Report on vaccination North-West Frontier Province 1904-1922 - 1904-1922
Year: 1904
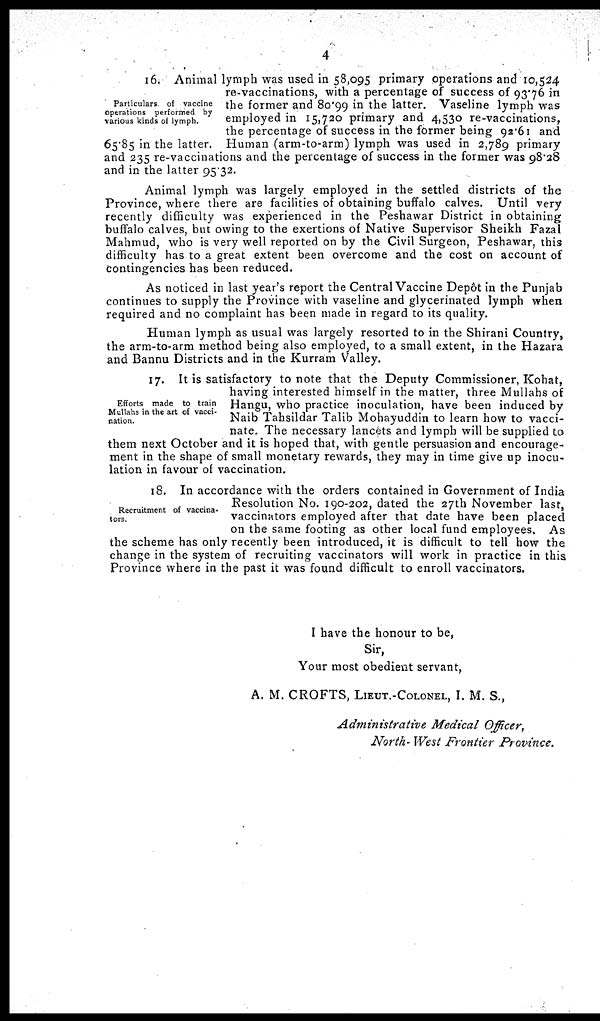
4
Particulars of vaccine
operations performed by
various kinds of lymph.
16. Animal lymph was used in 58,095 primary operations and 10,524
re-vaccinations, with a percentage of success of 93.76 in
the former and 80.99 in the latter. Vaseline lymph was
employed in 15,720 primary and 4,530 re-vaccinations,
the percentage of success in the former being 92.61 and
65.85 in the latter. Human (arm-to-arm) lymph was used in 2,789 primary
and 235 re-vaccinations and the percentage of success in the former was 98.28
and in the latter 95.32.
Animal lymph was largely employed in the settled districts of the
Province, where there are facilities of obtaining buffalo calves. Until very
recently difficulty was experienced in the Peshawar District in obtaining
buffalo calves, but owing to the exertions of Native Supervisor Sheikh Fazal
Mahmud, who is very well reported on by the Civil Surgeon, Peshawar, this
difficulty has to a great extent been overcome and the cost on account of
contingencies has been reduced.
As noticed in last year's report the Central Vaccine Depôt in the Punjab
continues to supply the Province with vaseline and glycerinated lymph when
required and no complaint has been made in regard to its quality.
Human lymph as usual was largely resorted to in the Shirani Country,
the arm-to-arm method being also employed, to a small extent, in the Hazara
and Bannu Districts and in the Kurram Valley.
Efforts made to train
Mullahs in the art of vacci-
nation.
17. It is satisfactory to note that the Deputy Commissioner, Kohat,
having interested himself in the matter, three Mullahs of
Hangu, who practice inoculation, have been induced by
Naib Tahsildar Talib Mohayuddin to learn how to vacci-
nate. The necessary lancets and lymph will be supplied to
them next October and it is hoped that, with gentle persuasion and encourage-
ment in the shape of small monetary rewards, they may in time give up inocu-
lation in favour of vaccination.
Recruitment of vaccina-
tors.
18. In accordance with the orders contained in Government of India
Resolution No. 190-202, dated the 27th November last,
vaccinators employed after that date have been placed
on the same footing as other local fund employees. As
the scheme has only recently been introduced, it is difficult to tell how the
change in the system of recruiting vaccinators will work in practice in this
Province where in the past it was found difficult to enroll vaccinators.
I have the honour to be,
Sir,
Your most obedient servant,
A. M. CROFTS, LIEUT.-COLONEL, I. M. S.,
Administrative Medical Officer,
North- West Frontier Province.